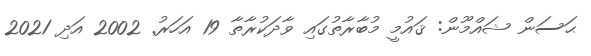
ޙަސަން ޝައްމޫން: ޤައުމީ މުބާރާތުގައި ވާދަކުރާތާ 19 އަހަރު